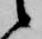
候